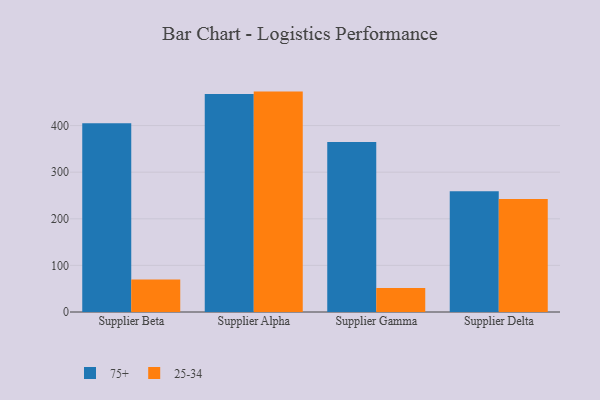
{"axis": {"x": "Supplier", "y": "Energy Usage (MWh)"}, "legend": ["25-34", "75+"], "data": [{"x": "Supplier Beta", "y": 404.8, "type": "75+"}, {"x": "Supplier Beta", "y": 69.7, "type": "25-34"}, {"x": "Supplier Alpha", "y": 468.0, "type": "75+"}, {"x": "Supplier Alpha", "y": 472.9, "type": "25-34"}, {"x": "Supplier Gamma", "y": 364.6, "type": "75+"}, {"x": "Supplier Gamma", "y": 51.7, "type": "25-34"}, {"x": "Supplier Delta", "y": 259.1, "type": "75+"}, {"x": "Supplier Delta", "y": 242.4, "type": "25-34"}]}